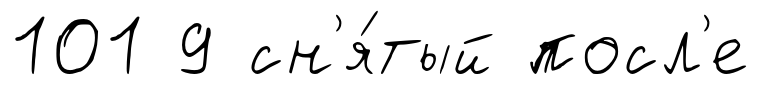
101 9 сн'я́тый посл'е